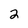
Character: 2